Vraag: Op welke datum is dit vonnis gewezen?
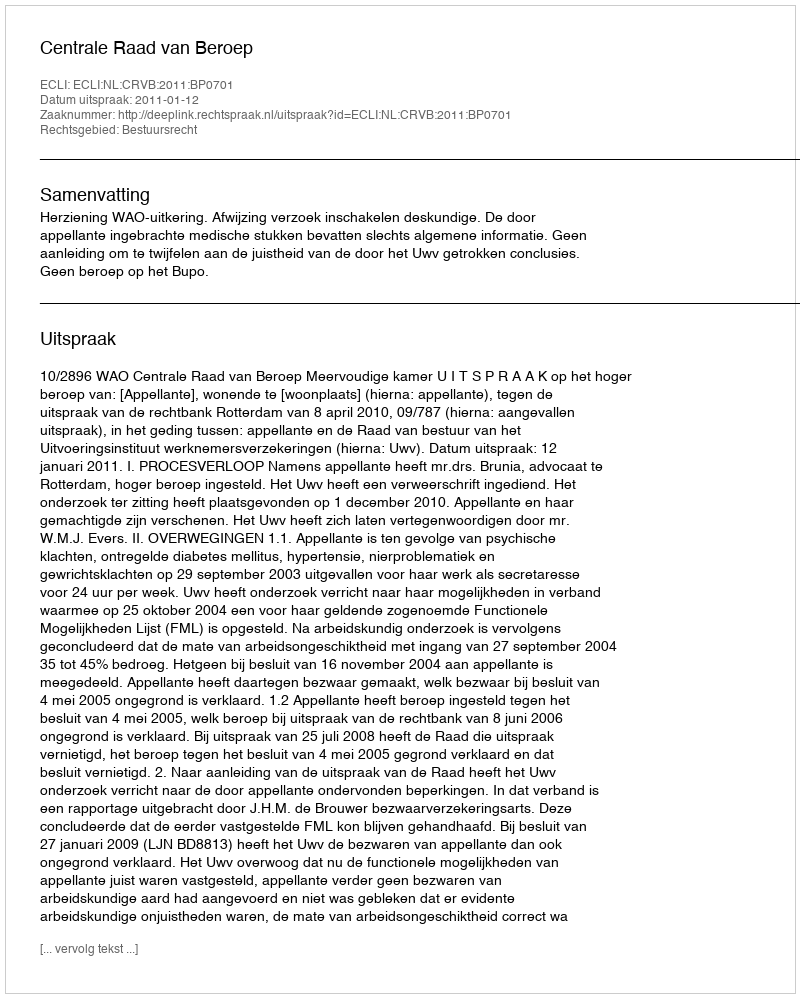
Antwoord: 2011-01-12